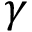
\gamma